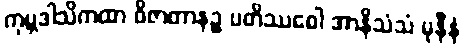
ကုမ္ဘဒါသိကထာ ဝိဇာတာနဉ္စ ပတိဿဝေါ အာနိသံသံ မုနီနံ